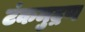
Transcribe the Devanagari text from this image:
टंकमुद्रण